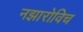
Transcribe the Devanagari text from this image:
नझारोविच